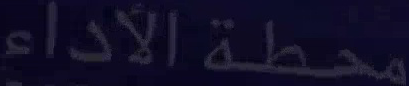
محطة الأداء